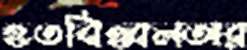
হতবিহ্বলতার